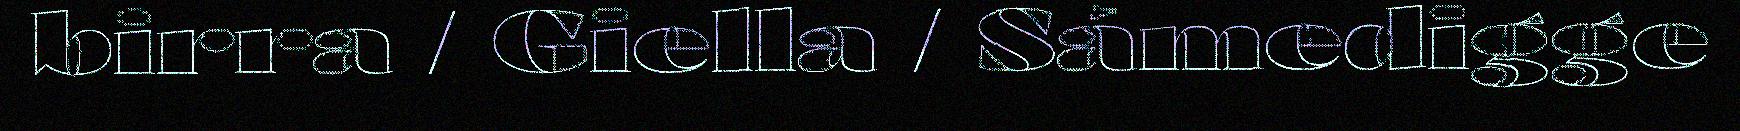
birra / Giella / Sámedigge